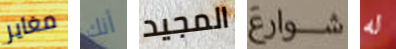
مغاير أنك المجيد شوارع له